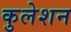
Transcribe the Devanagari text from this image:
कुलेशन